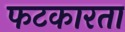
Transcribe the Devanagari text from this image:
फटकारता